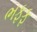
ભફફ